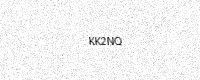
Text: KK2NQ